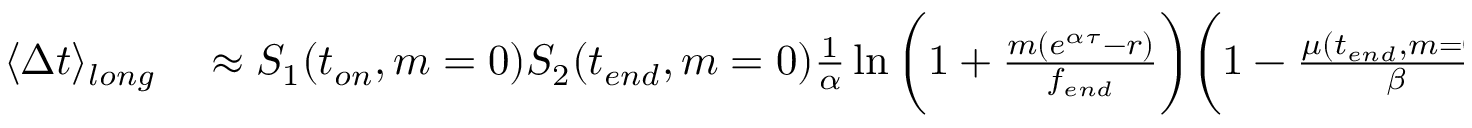
\begin{array} { r l } { \langle \Delta t \rangle _ { l o n g } } & { { } \approx S _ { 1 } ( t _ { o n } , m = 0 ) S _ { 2 } ( t _ { e n d } , m = 0 ) \frac { 1 } { \alpha } \ln { \bigg ( 1 + \frac { m ( e ^ { \alpha \tau } - r ) } { f _ { e n d } } \bigg ) } \bigg ( 1 - \frac { \mu ( t _ { e n d } , m = 0 ) } { \beta } \ln { \bigg ( 1 + \frac { \beta } { \mu ( t _ { e n d } , m = 0 ) } \bigg ) } \bigg ) . } \end{array}